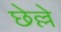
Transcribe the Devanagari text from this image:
छेल्ले